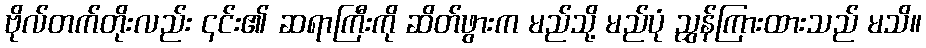
ဗိုလ်တက်တိုးလည်း ၎င်း၏ ဆရာကြီးကို ဆိတ်ဖွားက မည်သို့ မည်ပုံ ညွှန်ကြားထားသည် မသိ။